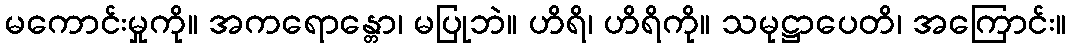
မကောင်းမှုကို။ အကရောန္တော၊ မပြုဘဲ။ ဟိရိ၊ ဟိရိကို။ သမုဋ္ဌာပေတိ၊ အကြောင်း။